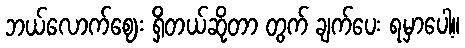
ဘယ်လောက်ဈေး ရှိတယ်ဆိုတာ တွက် ချက်ပေး ရမှာပေါ့။